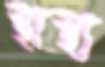
স্থাস্থ্য